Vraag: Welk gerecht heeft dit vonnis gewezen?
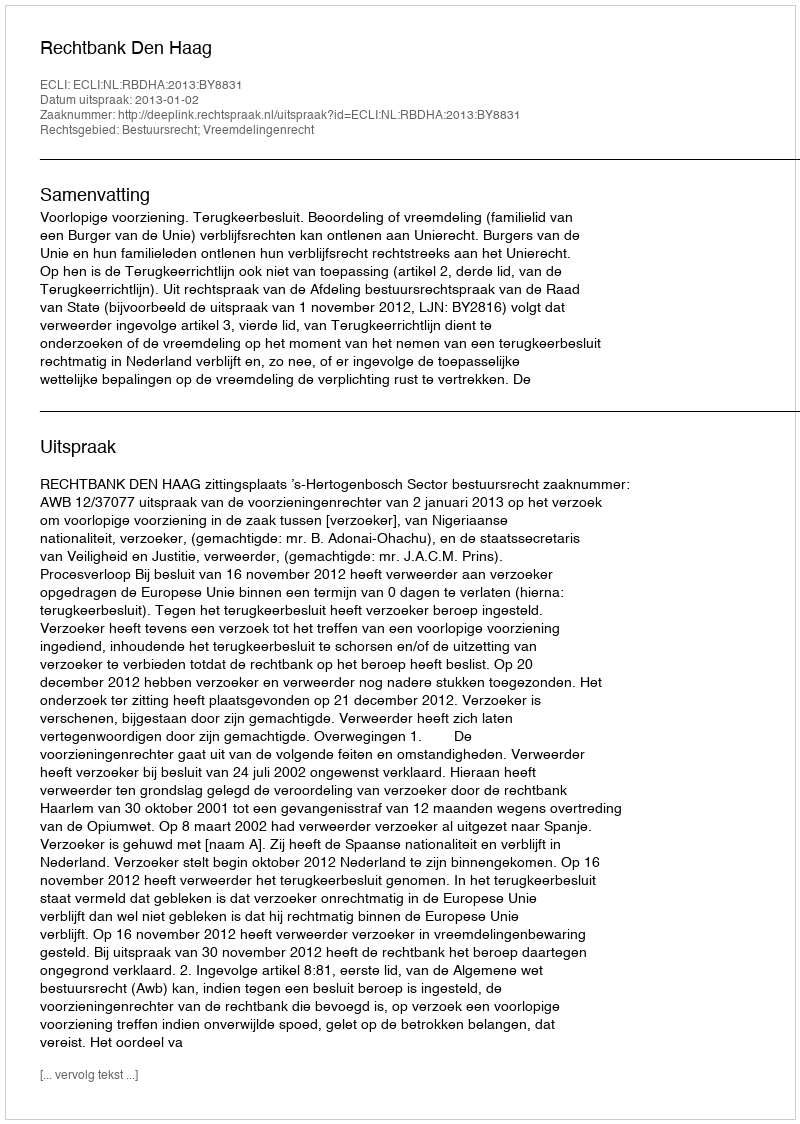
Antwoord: Rechtbank Den Haag